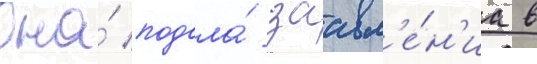
Она́ подала́ заавл'е́н'иа в